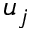
u _ { j }